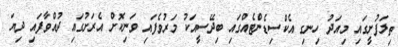
ތިލަފުށީގައި މިއަދު ހިނގި އެކްސިޑެންޓެއްގައި ބިދޭސީއަކު މަރުވެފައި ވަނިކޮށް އެރަށުގައި ދުއްވާފައި ދިޔަ